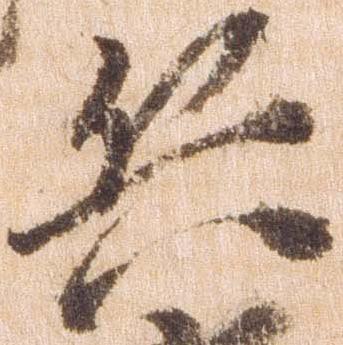
兵